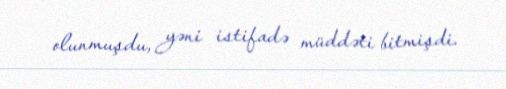
olunmuşdu, yəni istifadə müddəti bitmişdi.